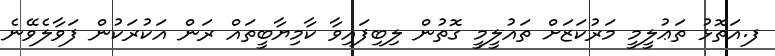
ފ.އަތޮޅު ތަޢުލީމީ މަރުކަޒަށް ތައުލީމީ ގޮތުން ލިބިފައިވާ ކާމިޔާބީތައް ރަން އަކުރަކުން ފަވާލެވޭނެ